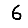
Digit: 6